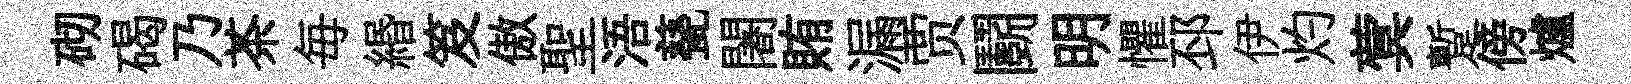
砌碣乃茶毎緡笈傲聖浯甆闍賄漏贾鬬明懼邳伊灼蓂蹔傍爐